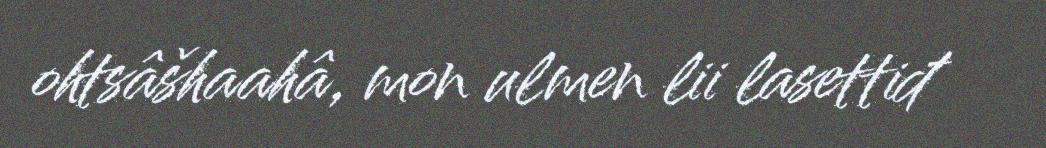
ohtsâšhaahâ, mon ulmen lii lasettiđ